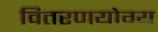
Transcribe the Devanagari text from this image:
वितरणयोग्य